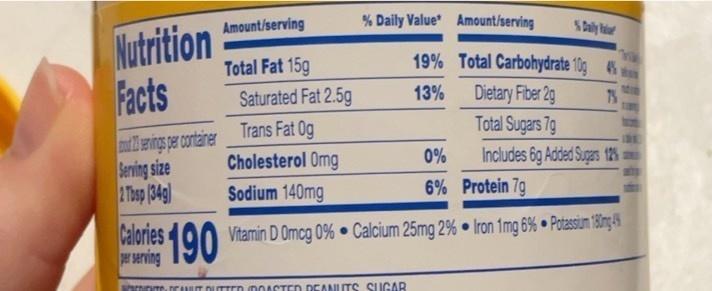
Nutrition
Facts
servings per container
Serving size
2 Tbsp (34g)
Amount/serving
Total Fat 15g
% Daily Value Amount/serving
Calories 190
per serving
% Daily
Saturated Fat 2.5g
Trans Fat Og
Cholesterol Omg
0%
Sodium 140mg
6%
Protein 7g
Vitamin D Omcg 0% Calcium 25mg 2% Iron 1mg 6% Potassium 180mg 44
TEANUT BUTTED (ROASTED REANUTS SUGAR
19% Total Carbohydrate 10g 4%
13%
Dietary Fiber 2g
75
Total Sugars 7g
Includes 6g Added Sugars 12%